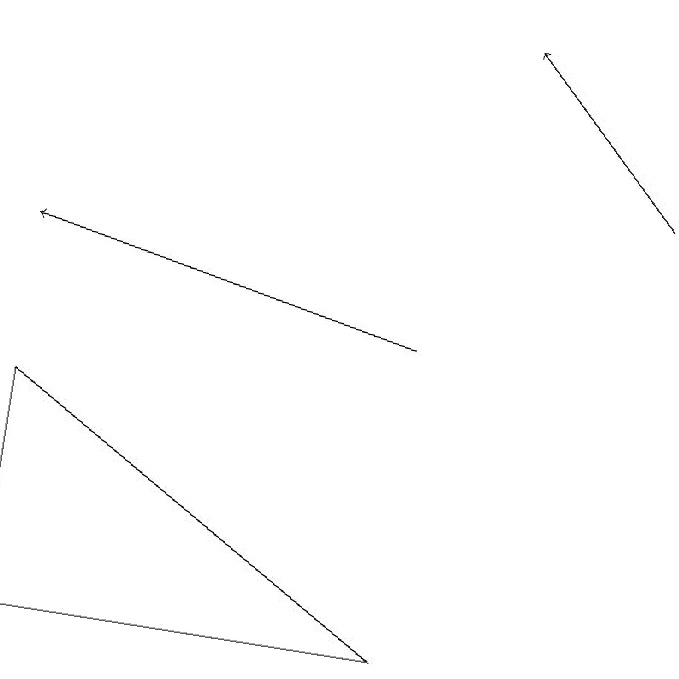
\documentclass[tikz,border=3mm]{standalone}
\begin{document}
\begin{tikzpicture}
\draw[->] (8,12) -- (6,14);
\draw[->] (5,10) -- (0,11);
\draw (5,6) -- (0,6) -- (0,9) -- cycle;
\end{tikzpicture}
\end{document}